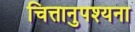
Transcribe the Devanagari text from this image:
चित्तानुपश्यना